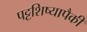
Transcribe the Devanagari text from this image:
पट्टशिष्यापैकी